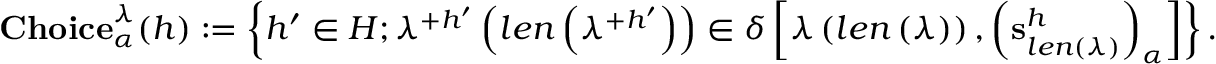
\mathbf { C h o i c e } _ { \alpha } ^ { \lambda } ( h ) : = \left\{ h ^ { \prime } \in H ; \lambda ^ { + h ^ { \prime } } \left( l e n \left( \lambda ^ { + h ^ { \prime } } \right) \right) \in \delta \left[ \lambda \left( l e n \left( \lambda \right) \right) , \left( \mathbf { s } _ { l e n \left( \lambda \right) } ^ { h } \right) _ { \alpha } \right] \right\} .